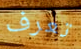
تعرف